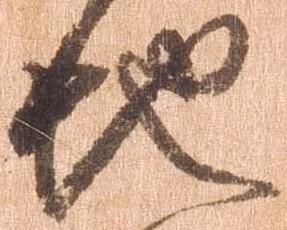
地